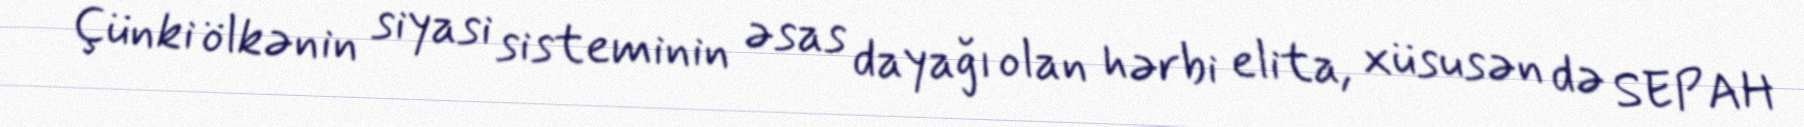
Çünki ölkənin siyasi sisteminin əsas dayağı olan hərbi elita, xüsusən də SEPAH